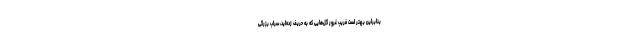
بنابراین بهتر است فریب غرور گل‌هایی که به حریف زده‌اید، سراب بزرگی